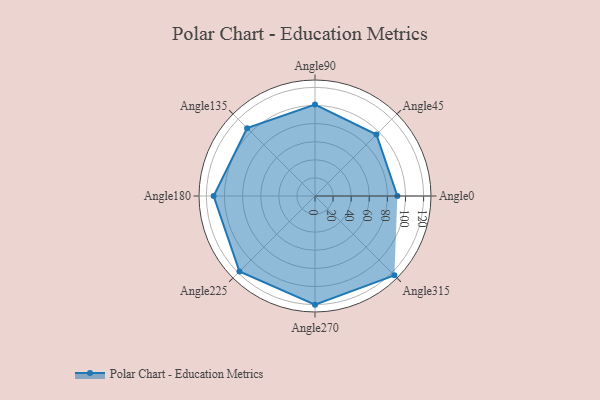
{"axis": {"x": "Angle", "y": "Radius"}, "legend": [""], "data": [{"x": "Angle0", "y": 91.0, "type": ""}, {"x": "Angle45", "y": 96.0, "type": ""}, {"x": "Angle90", "y": 101.0, "type": ""}, {"x": "Angle135", "y": 106.0, "type": ""}, {"x": "Angle180", "y": 112.0, "type": ""}, {"x": "Angle225", "y": 118.0, "type": ""}, {"x": "Angle270", "y": 120.0, "type": ""}, {"x": "Angle315", "y": 124.0, "type": ""}]}